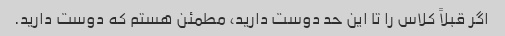
اگر قبلاً کلاس را تا این حد دوست دارید، مطمئن هستم که دوست دارید.